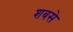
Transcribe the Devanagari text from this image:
शबसे